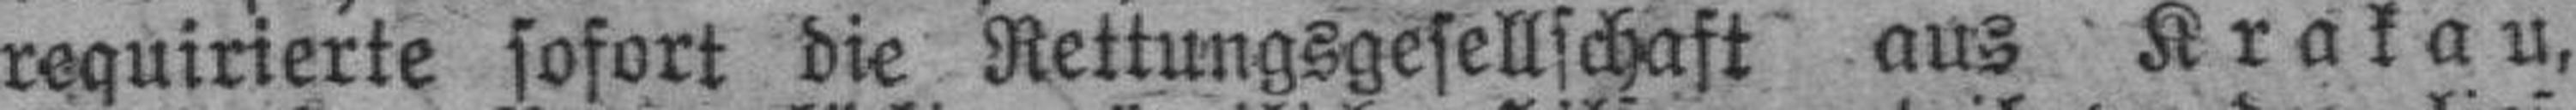
requirierte sofort die Rettungsgesellschaft aus Krakau,